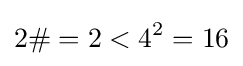
2\#=2<4^{2}=16